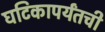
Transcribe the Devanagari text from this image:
घटिकापर्यंतची